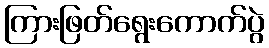
ကြားဖြတ်ရွေးကောက်ပွဲ